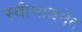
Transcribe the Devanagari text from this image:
स्वीभावभेद